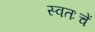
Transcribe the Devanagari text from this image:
स्वतःचें